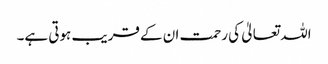
اللہ تعالیٰ کی رحمت ان کے قریب ہوتی ہے۔